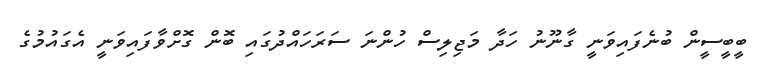
ބީބީސީން ބުނެފައިވަނީ ގާނޫނު ހަދާ މަޖިލިސް ހުންނަ ސަރަހައްދުގައި ބޮން ގޮށްވާފައިވަނީ އެގައުމުގެ